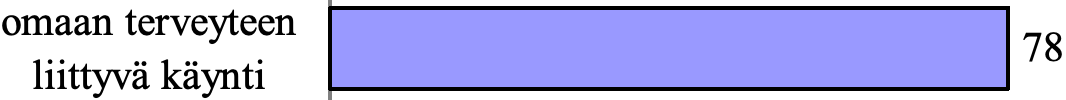
omaan terveyteen 78 liittyvä käynti